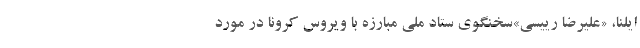
ایلنا، «علیرضا رییسی»سخنگوی ستاد ملی مبارزه با ویروس کرونا در مورد